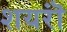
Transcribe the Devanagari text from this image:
शयरॊं